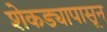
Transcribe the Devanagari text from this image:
शेकड्यापासून